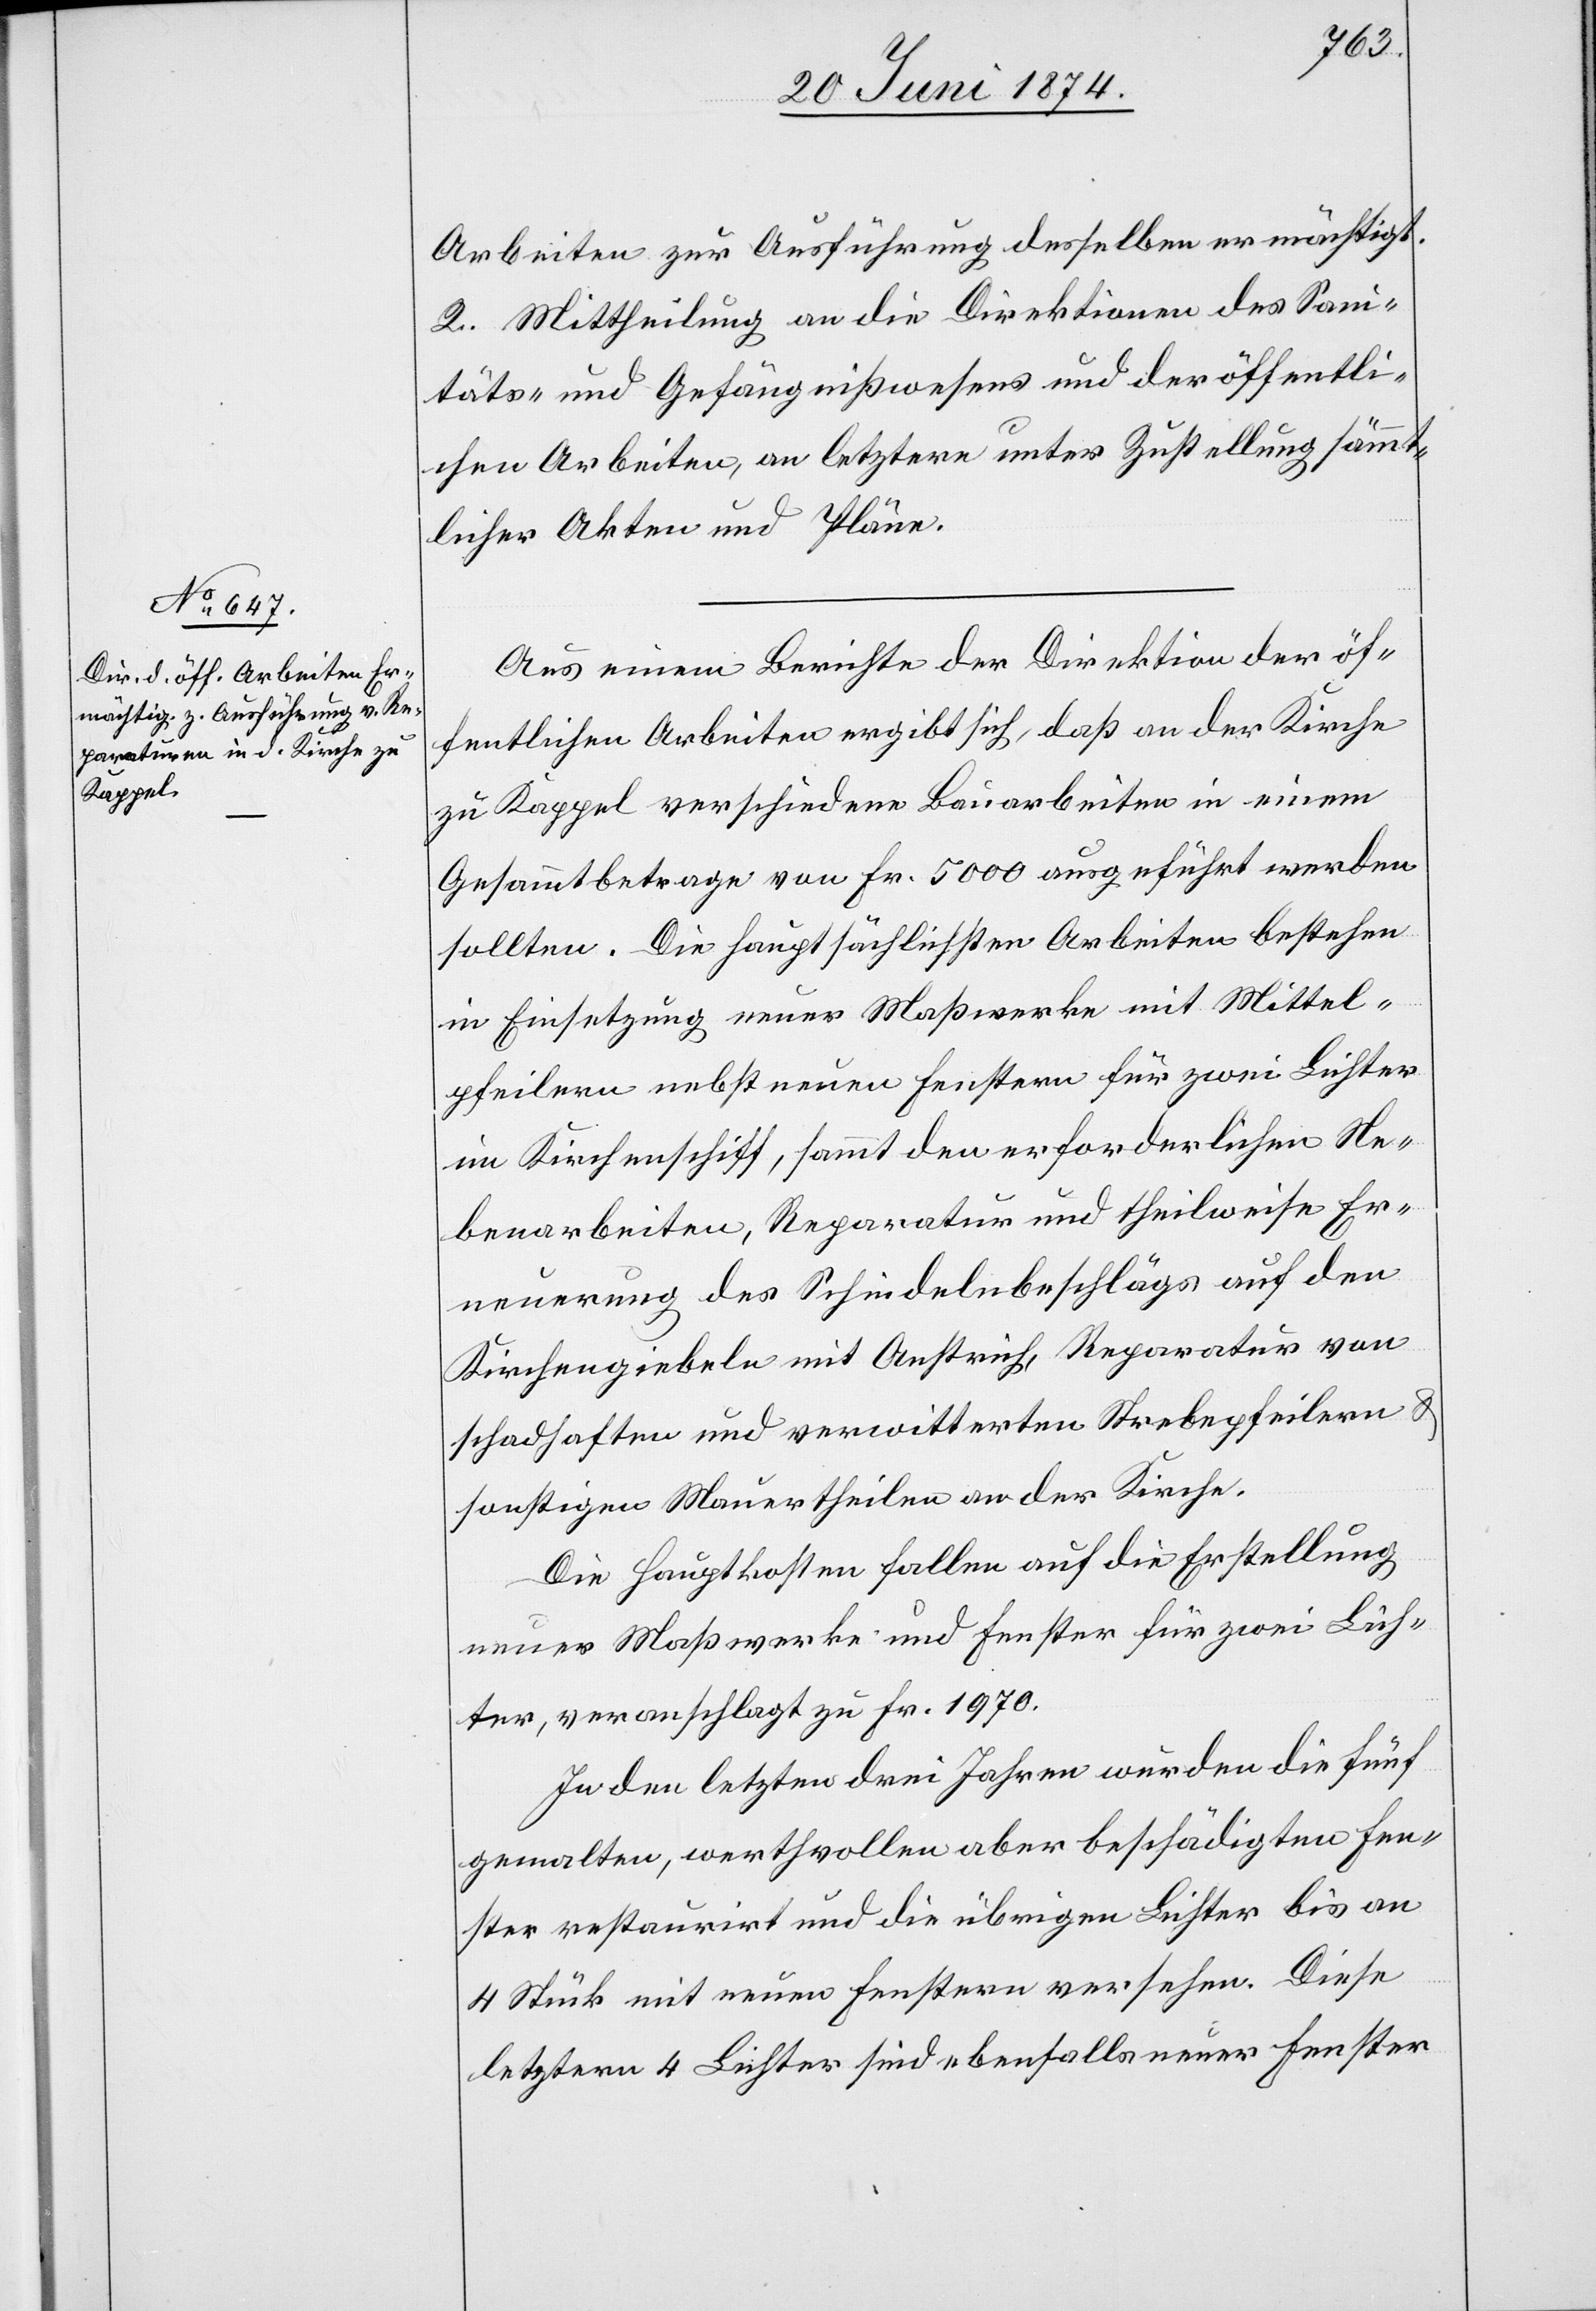
Arbeiten zur Ausführung desselben ermächtigt.
2. Mittheilung an die Direktionen des Sani¬
täts- und Gefängnißwesens und der öffentli¬
chen Arbeiten, an letztere unter Zustellung sämmt¬
licher Akten und Pläne.
Aus einem Berichte der Direktion der öf¬
fentlichen Arbeiten ergibt sich, daß an der Kirche
zu Kappel verschiedene Bauarbeiten in einem
Gesammtbetrage von Fr. 5000 ausgeführt werden
sollten. Die Hauptsächlichsten Arbeiten bestehen
in Einsetzung neuer Maßwerke mit Mittel¬
pfeilern nebst neuen Fenstern für zwei Lichter
im Kirchenschiff, sammt den erforderlichen Ne¬
benarbeiten, Reparatur und theilweise Er¬
neuerung des Schindelnbeschlägs auf den
Kirchengiebeln mit Anstrich, Reparatur von
schadhaften und verwitterten Strebepfeilern u.
sonstigen Mauertheilen an der Kirche.
Die Hauptkosten fallen auf die Erstellung
neuer Maßwerke und Fenster für zwei Lich¬
ter, veranschlagt zu Fr. 1970.
In den letzten drei Jahren wurden die fünf
gemalten, wertvollen aber beschädigten Fen¬
ster restaurirt und die übrigen Lichter bis an
4 Stück mit neuen Fenstern versehen. Diese
letztern 4 Lichter sind ebenfalls neuer Fenster